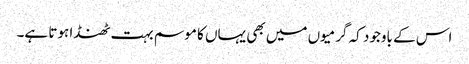
اس کے باوجود کہ گرمیوں میں بھی یہاں کا موسم بہت ٹھنڈا ہوتا ہے۔